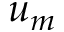
u _ { m }